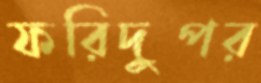
ফরিদুপর